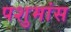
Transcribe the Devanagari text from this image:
पशुमांस